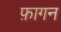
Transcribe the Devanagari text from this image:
फ़ागन